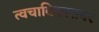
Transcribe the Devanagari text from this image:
त्वचाविकारावर